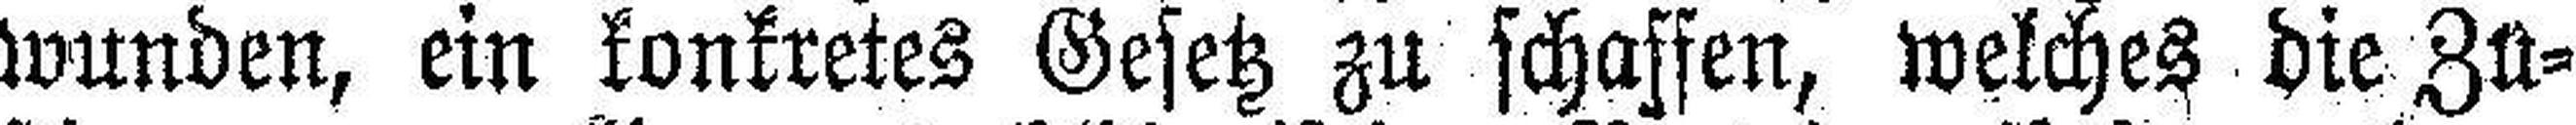
wunden, ein konkretes Gesetz zu schaffen, welches die Zu¬